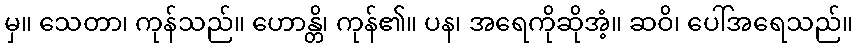
မှ။ သေတာ၊ ကုန်သည်။ ဟောန္တိ၊ ကုန်၏။ ပန၊ အရေကိုဆိုအံ့။ ဆဝိ၊ ပေါ်အရေသည်။